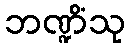
ဘဏ္ဍိံသု